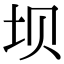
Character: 坝